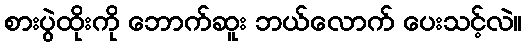
စားပွဲထိုးကို ဘောက်ဆူး ဘယ်လောက် ပေးသင့်လဲ။